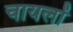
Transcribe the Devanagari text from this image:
चायलों